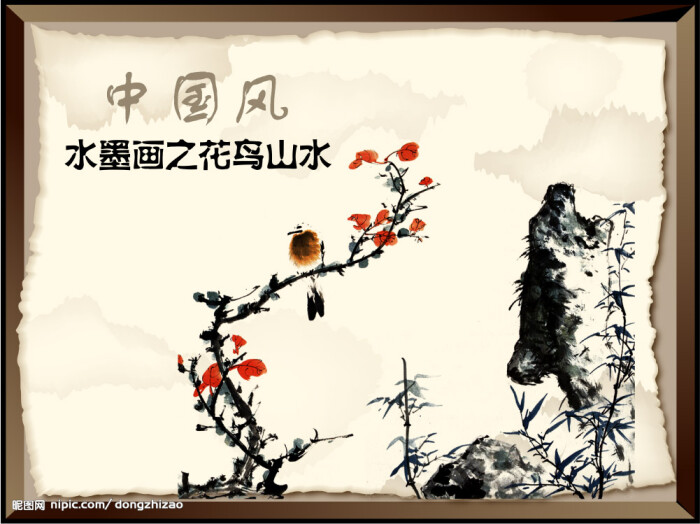
寒梅最堪恨，常作去年花。